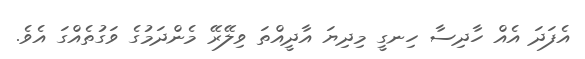
އެފަދަ އެއް ހާދިސާ ހިނގީ މިދިޔަ އާދީއްތަ ވިލޭރޭ މެންދަމުގެ ވަގުތެއްގަ އެވެ.